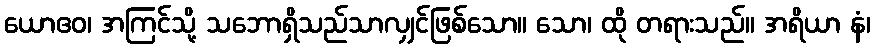
ယောဧဝ၊ အကြင်သို့ သဘောရှိသည်သာလျှင်ဖြစ်သော။ သော၊ ထို တရားသည်။ အရိယာ နံ၊